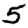
Digit: 5